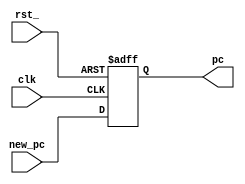
//
//0PC
module PC(
	input wire [7:0] new_pc,  //
	output reg [7:0] pc, //
	input wire clk,  //
	input wire rst_  
);
	always @(posedge clk or negedge rst_) 
	begin
		if(rst_==1'b0)
			begin
			pc<=0;
			end
	 	else    //
			begin
			pc<=new_pc;
			end
	end
		
endmodule